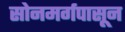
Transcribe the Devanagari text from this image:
सोनमर्गपासून